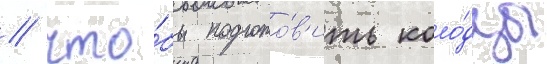
/ что́бы подгото́в'ить коло́дцы